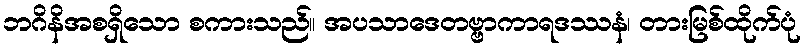
ဘဂိနိအစရှိသော စကားသည်။ အပသာဒေတဗ္ဗာကာရဒဿနံ၊ တားမြစ်ထိုက်ပုံ